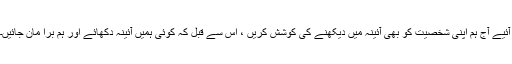
آئیے آج ہم اپنی شخصیت کو بھی آئینہ میں دیکھنے کی کوشش کریں ، اس سے قبل کہ کوئی ہمیں آئینہ دکھائے اور ہم برا مان جائیں۔